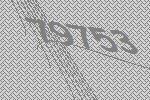
79753